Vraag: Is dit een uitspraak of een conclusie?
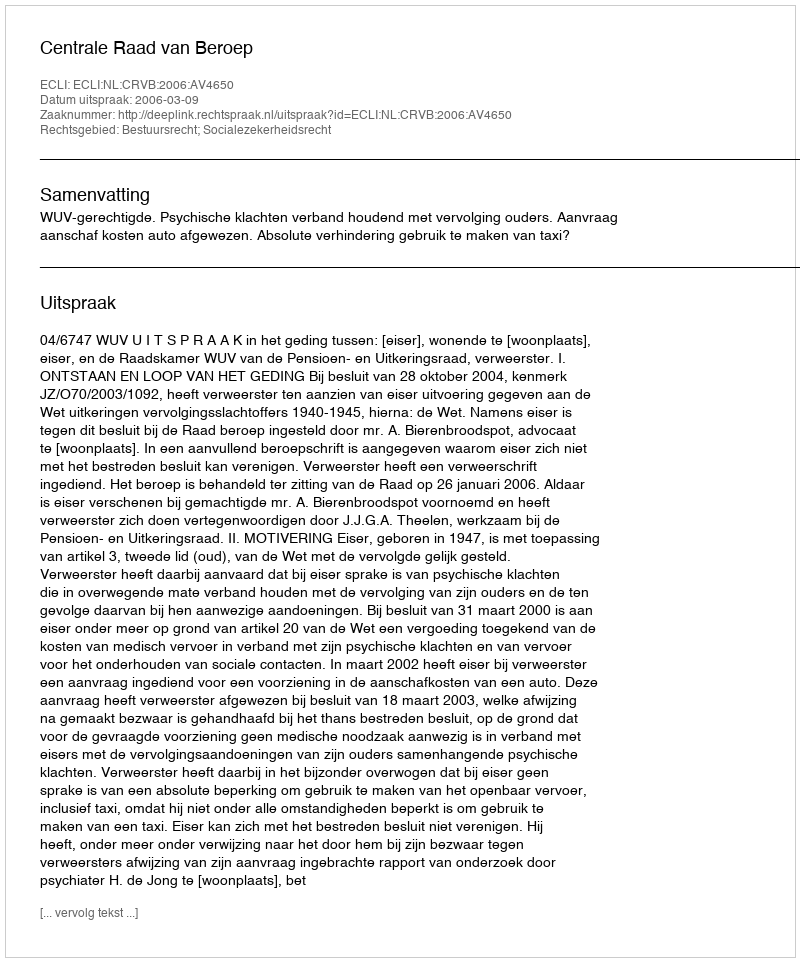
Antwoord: Uitspraak